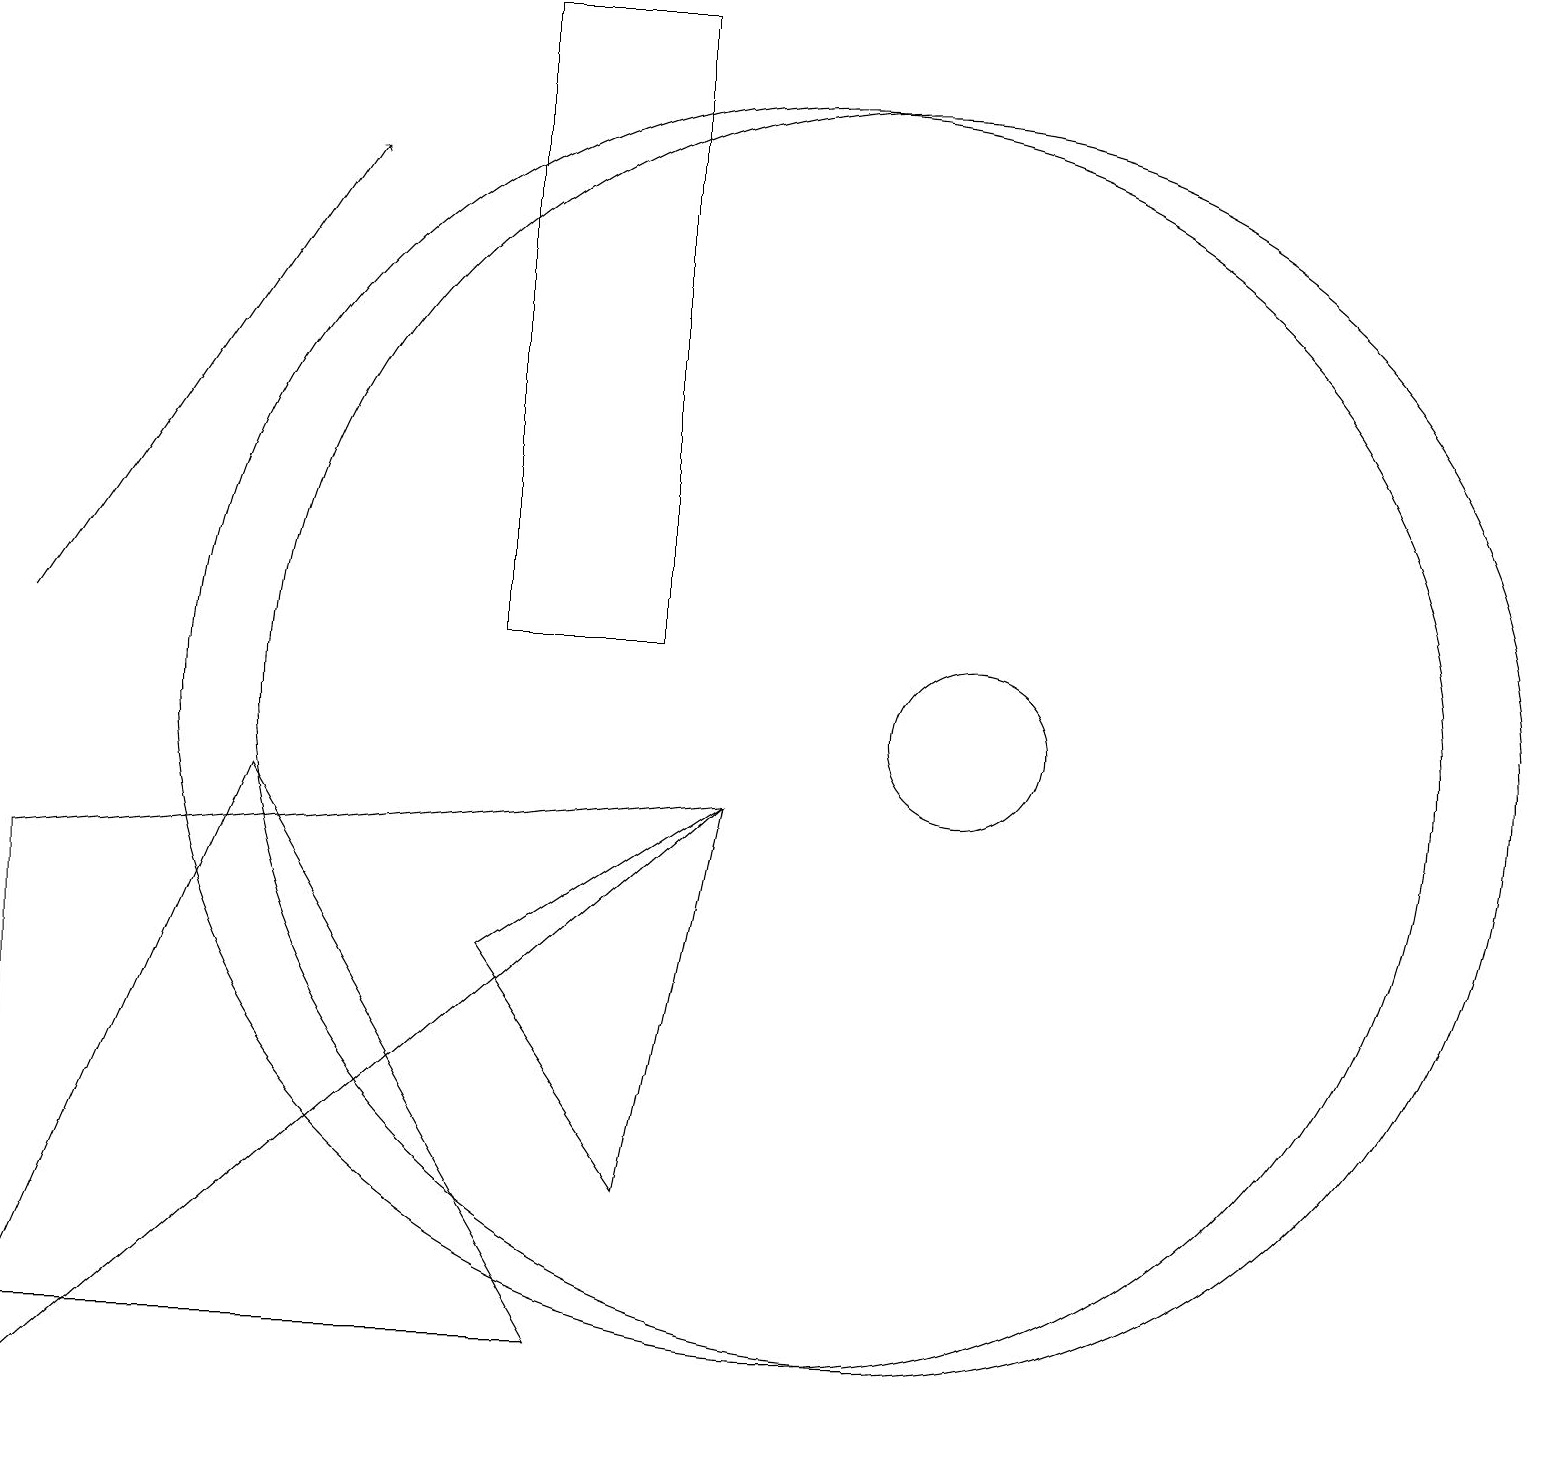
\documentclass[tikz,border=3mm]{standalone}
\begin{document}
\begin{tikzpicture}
\draw (11,10) circle (8);
\draw[->] (0,11) -- (4,17);
\draw (9,9) -- (8,4) -- (6,7) -- cycle;
\draw (3,9) -- (7,2) -- (0,2) -- cycle;
\draw (0,8) -- (0,1) -- (9,9) -- cycle;
\draw (10,10) circle (8);
\draw (6,11) rectangle (8,19);
\draw (12,10) circle (1);
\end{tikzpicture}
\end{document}